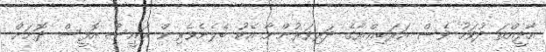
އާދީއްތަ ދުވަހު ވެސް އަރަބިއްޔާގެ ދަރިވަރުންނާ އެކު ބެލެނެވެރިން ރައީސް އޮފީސް ދޮށަށް